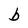
Character: b